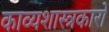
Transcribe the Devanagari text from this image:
काव्यशास्त्रकारों